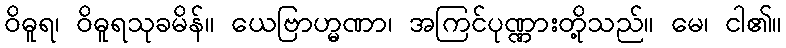
ဝိဓူရ၊ ဝိဓူရသုခမိန်။ ယေဗြာဟ္မဏာ၊ အကြင်ပုဏ္ဏားတို့သည်။ မေ၊ ငါ၏။